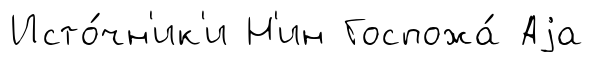
Исто́чн'ик'и Н'ин Госпожа́ Аjа